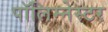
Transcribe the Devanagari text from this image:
पॉलिम्नेस्टर